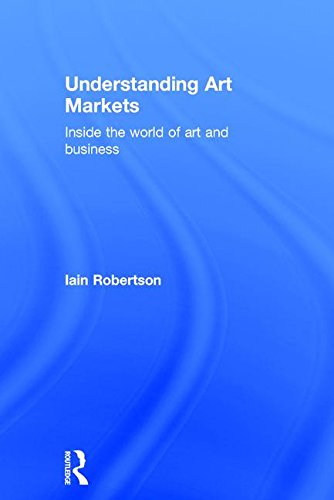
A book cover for Understanding Art Markets: Inside the world of art and business; Iain Robertson; Arts & Photography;